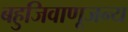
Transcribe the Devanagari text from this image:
बहुजिवाणूजन्य